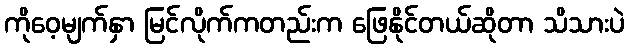
ကိုဝေ့မျက်နှာ မြင်လိုက်ကတည်းက ဖြေနိုင်တယ်ဆိုတာ သိသားပဲ